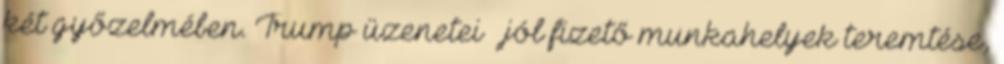
két győzelmében. Trump üzenetei – jól fizető munkahelyek teremtése,